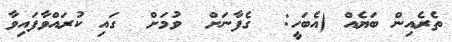
ތެރެއިން ބަޔެއް (އެބަހީ:  ގެފާނަށް  ވުމަށް  ގައި ކުރައްވާފައިވާ